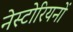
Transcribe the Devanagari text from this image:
नेस्टोरियनों